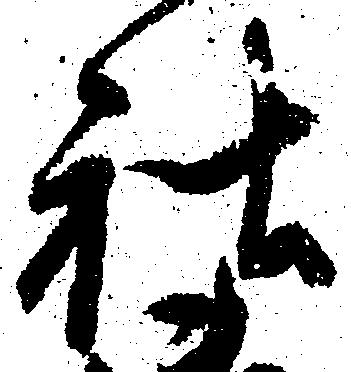
社